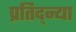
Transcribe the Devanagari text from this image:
प्रतिद्न्या